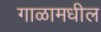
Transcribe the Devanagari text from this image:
गाळामधील